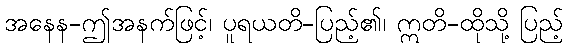
အနေန-ဤအနက်ဖြင့်၊ ပူရယတိ-ပြည့်၏၊ ဣတိ-ထိုသို့ ပြည့်